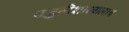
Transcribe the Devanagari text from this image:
पद्धतीशास्त्रालाच